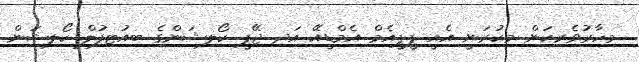
މިހާރުވެރިކަން މިކުރަނީ އެއީ ޕީޕީއެމް އެމްޑީއޭ އަދި ޖޭޕީ ކޯލިޝަންގެ ބިއުޓިފުލް ކޯލިޝަން